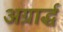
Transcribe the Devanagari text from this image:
अग्रार्द्ध